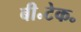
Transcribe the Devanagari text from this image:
बी॰टेक॰